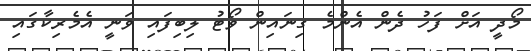
މޯދީ އަށް ފަހު ދެން އެންމެ ގިނައިން ވޯޓު ލިބިފައި ވަނީ އެމެރިކާގައި